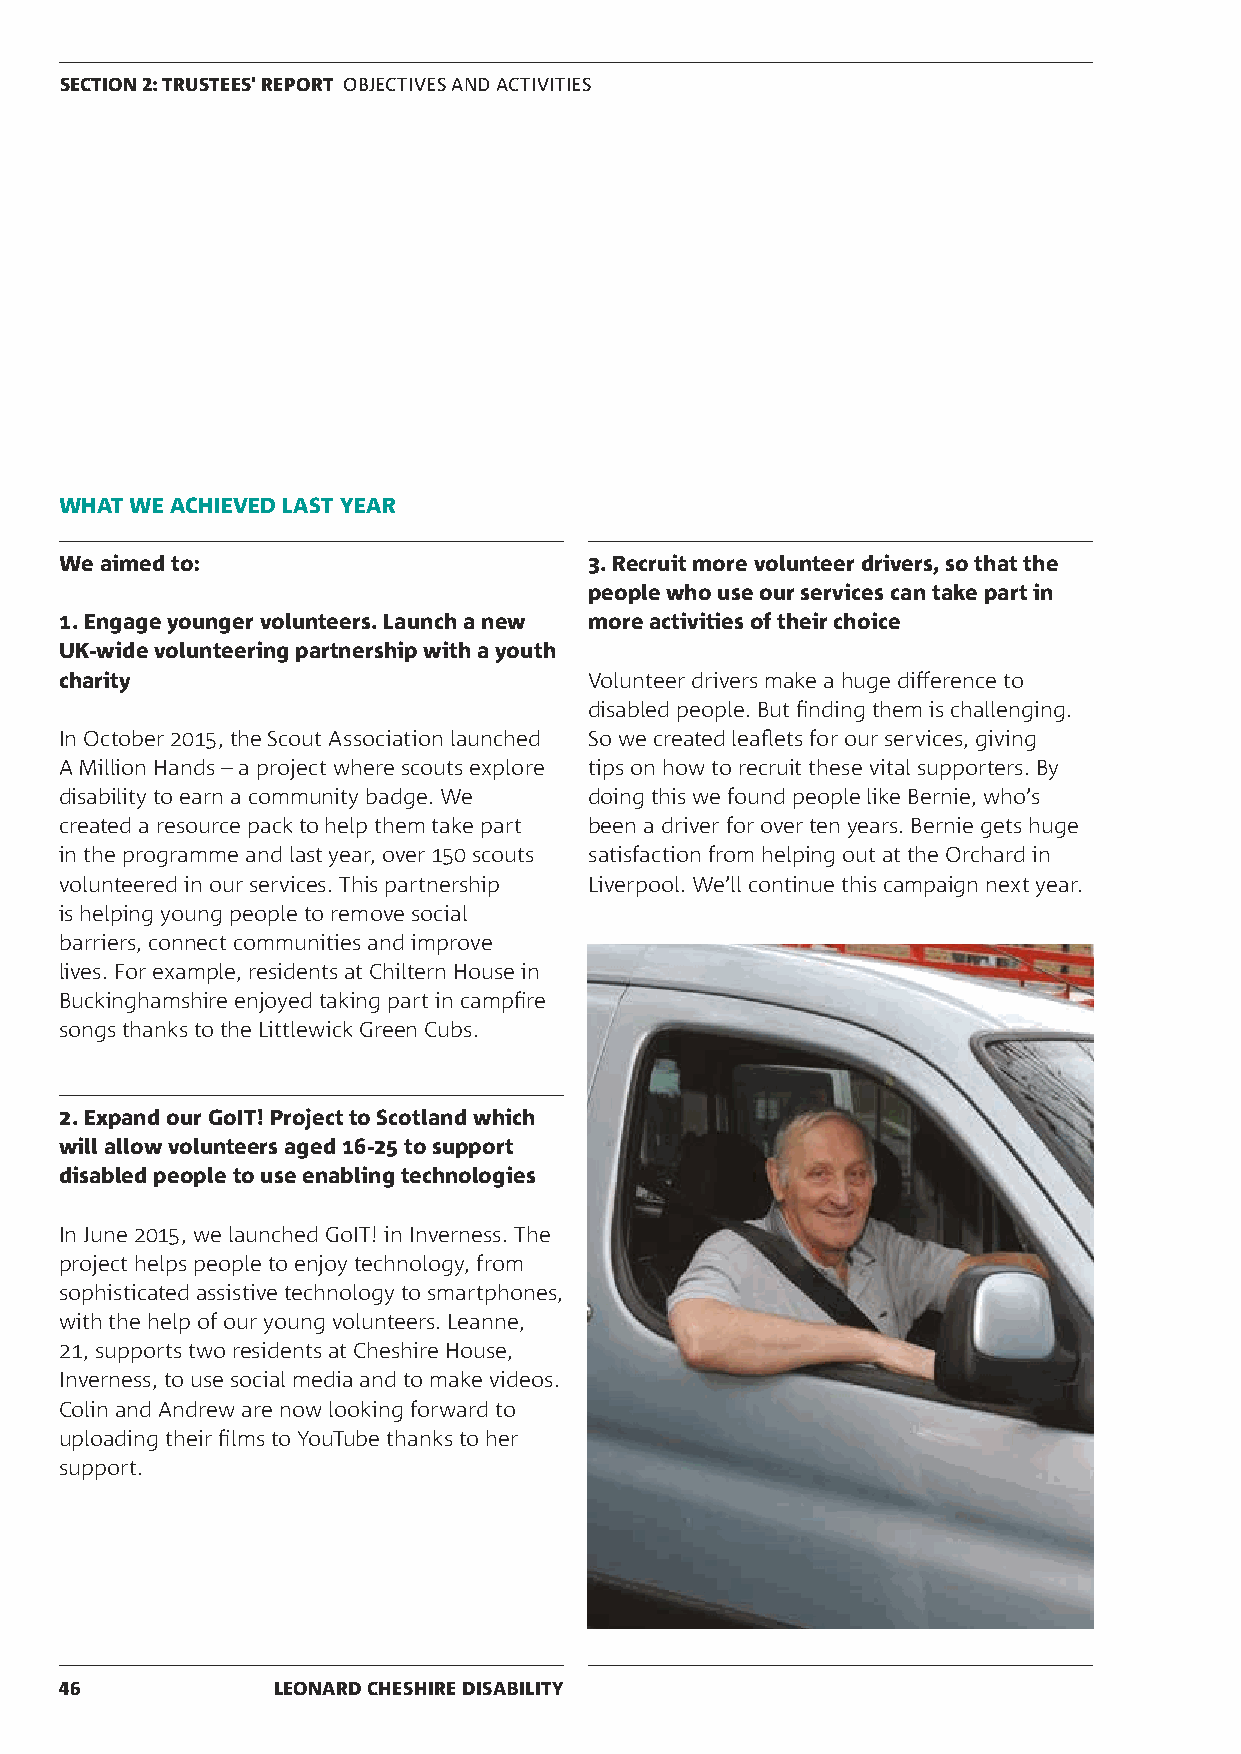
SECTION 2: TRUSTEES' REPORT OBJECTIVES AND ACTIVITIES
 WHAT WE ACHIEVED LAST YEAR
 We aimed to:                       3. Recruit more volunteer drivers, so that the
 people who use our services can take part in
 1. Engage younger volunteers. Launch a new more activities of their choice
 UK-wide volunteering partnership with a youth
 charity                            Volunteer drivers make a huge difference to
 disabled people. But finding them is challenging.
 In October 2015, the Scout Association launched So we created leaflets for our services, giving
 A Million Hands – a project where scouts explore tips on how to recruit these vital supporters. By
 disability to earn a community badge. We doing this we found people like Bernie, who’s
 created a resource pack to help them take part been a driver for over ten years. Bernie gets huge
 in the programme and last year, over 150 scouts satisfaction from helping out at the Orchard in
 volunteered in our services. This partnership Liverpool. We’ll continue this campaign next year.
 is helping young people to remove social
 barriers, connect communities and improve
 lives. For example, residents at Chiltern House in
 Buckinghamshire enjoyed taking part in campfire
 songs thanks to the Littlewick Green Cubs.
 2. Expand our GoIT! Project to Scotland which
 will allow volunteers aged 16-25 to support
 disabled people to use enabling technologies
 In June 2015, we launched GoIT! in Inverness. The
 project helps people to enjoy technology, from
 sophisticated assistive technology to smartphones,
 with the help of our young volunteers. Leanne,
 21, supports two residents at Cheshire House,
 Inverness, to use social media and to make videos.
 Colin and Andrew are now looking forward to
 uploading their films to YouTube thanks to her
 support.
 46            LEONARD CHESHIRE DISABILITY